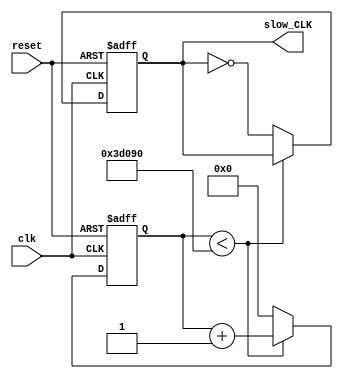
//mohamed sabry mahmoud shehab eldean >>>>>sec:17
/* 
 Module Name: clock_divider
 Description: Clock divider works to divide the FPGA Clock to 1 Hz. 
FPGA clock is 50 MHz >>>>>>>>>>>1 s
              x  mhz >>>>>>>>>>>1/1000 s
    x=250000
250 thousand  for One duty cycle and 250 thousand for Zero duty cycle >>>100 thousand for debouncing
*/
//###############################################################################
// ---------------------------  clock divider  ------------------------------- //
module clock_divider (clk, reset, slow_CLK);
// -------------------------- Inputs Declarations ---------------------------- //
input clk, reset;
// ------------------------- Outputs Declarations ---------------------------- //
output  slow_CLK;
// --------------------------- Wire Declarations ----------------------------- // 
// ---------------------------- Reg Declarations ----------------------------- //
reg slow_CLK;
reg [17:0] count;
// ------------------------- Instantiation Modules --------------------------- //
// --------------------------------------------------------------------------- //
// --------------------------------------------------------------------------- //
// ----------------------- Combinational Logic  ------------------------------ //
// ----------------------- Sequential  Logic  -------------------------------- //
always @(posedge clk or posedge reset)
	begin
		if(reset) // reset the counter circuit to initial (zero)
			begin
				count <= 0;
				slow_CLK<= 0;
			end
		else
			begin
				if(count < 250_000)
//250000>>100000 for debouncing
					count <= count + 1; // count 250 thousand 
				else 
					begin
						slow_CLK = ~slow_CLK; // toggle the clk high\low
						count <= 0;
					end
			end
	end		
// --------------------------------------------------------------------------- //
endmodule
// ----------------------------- End of File --------------------------------- //
// --------------------------------------------------------------------------- //
module clock_divider_dut();
reg clk, reset;
wire slow_CLK;
initial
begin
clk=0;
reset=1;#100
reset=0;
end
always 
#100 clk=~clk;
clock_divider kd (clk, reset, slow_CLK);
endmodule